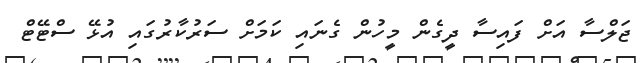
ޖަލްސާ އަށް ފައިސާ ދީގެން މީހުން ގެނައި ކަމަށް ސަރުކާރުގައި އުޅޭ ސްޓޭޓް